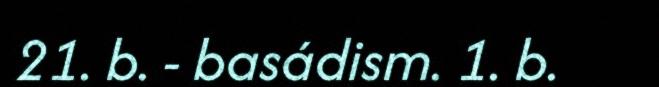
21. b. - basádism. 1. b.